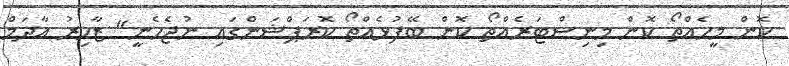
ކޮން މީހެއްތޯ ކޮން މިނިސްޓަރެއްތޯ ކޮން ބޭފުޅެއްތޯ ކޮރަޕްޝަންގައި ނުޖެހެނީ" ޒާހިރު އާދަމް